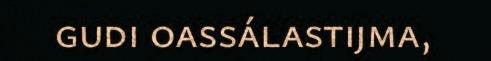
gudi oassálastijma,